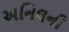
અનિલની